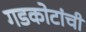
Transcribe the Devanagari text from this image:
गडकोटांची